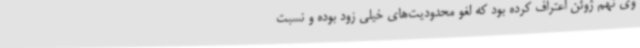
وی نهم ژوئن اعتراف کرده بود که لغو محدودیت‌های خیلی زود بوده و نسبت